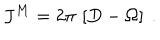
LaTeX: J ^ { M } = 2 \pi \, \left[ D - \Omega \right] \ .